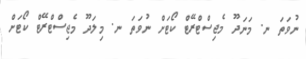
ނުވަތަ ނ. މަނަދޫ މެޖިސްޓްރޭޓް ކޯޓަށް ނުވަތަ ނ. މިލަދޫ މެޖިސްޓްރޭޓް ކޯޓަށް